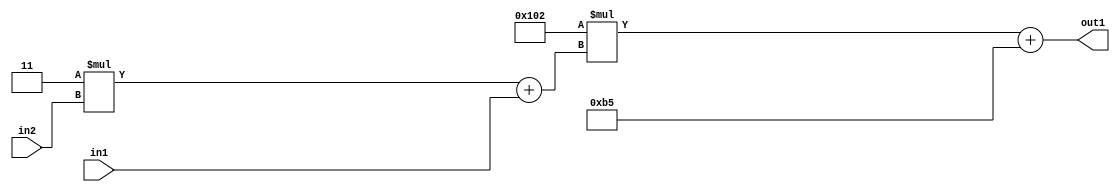
`timescale 1ps / 1ps
/*****************************************************************************
    Verilog RTL Description
    
    
    Created by: Stratus DpOpt 2019.1.01 
*******************************************************************************/

module DC_Filter_Add2i181Mul2i258Add2u1Mul2i3u2_4 (
	in2,
	in1,
	out1
	); /* architecture "behavioural" */ 
input [1:0] in2;
input  in1;
output [11:0] out1;
wire [11:0] asc001;
wire [3:0] asc002;

wire [3:0] asc002_tmp_0;
assign asc002_tmp_0 = 
	+(4'B0011 * in2);
assign asc002 = asc002_tmp_0
	+(in1);

wire [11:0] asc001_tmp_1;
assign asc001_tmp_1 = 
	+(12'B000100000010 * asc002);
assign asc001 = asc001_tmp_1
	+(12'B000010110101);

assign out1 = asc001;
endmodule

/* CADENCE  v7X4Swo= : u9/ySgnWtBlWxVPRXgAZ4Og= ** DO NOT EDIT THIS LINE ******/